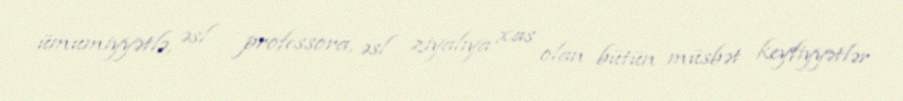
ümumiyyətlə, əsl professora, əsl ziyalıya xas olan bütün müsbət keyfiyyətlər